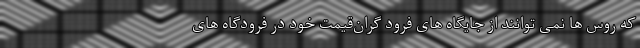
که روس ها نمی توانند از جایگاه های فرود گران‌قیمت خود در فرودگاه های